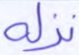
نزله